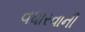
વધારવાની